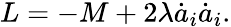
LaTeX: L=-M+2\lambda\dot{a}_{i}\dot{a}_{i}.